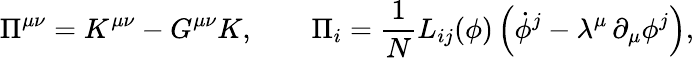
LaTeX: \Pi^{\mu\nu}=K^{\mu\nu}-G^{\mu\nu}K,\qquad\Pi_{i}={\frac{1}{N}}L_{ij}(\phi)\left(\dot{\phi}^{j}-\lambda^{\mu}\, \partial_{\mu}\phi^{j}\right),